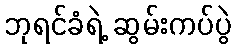
ဘုရင်ခံရဲ့ ဆွမ်းကပ်ပွဲ